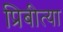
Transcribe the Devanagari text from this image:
प्रिबीत्या